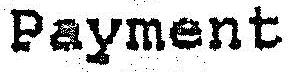
PAYMENT